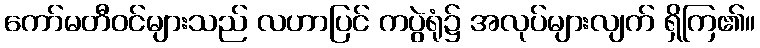
ကော်မတီဝင်များသည် လဟာပြင် ကပွဲရုံ၌ အလုပ်များလျက် ရှိကြ၏။